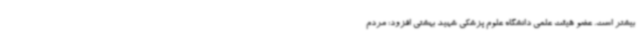
بیشتر است. عضو هیئت علمی دانشگاه علوم پزشکی شهید بهشتی افزود: مردم